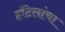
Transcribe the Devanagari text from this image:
हॉटेलांचा